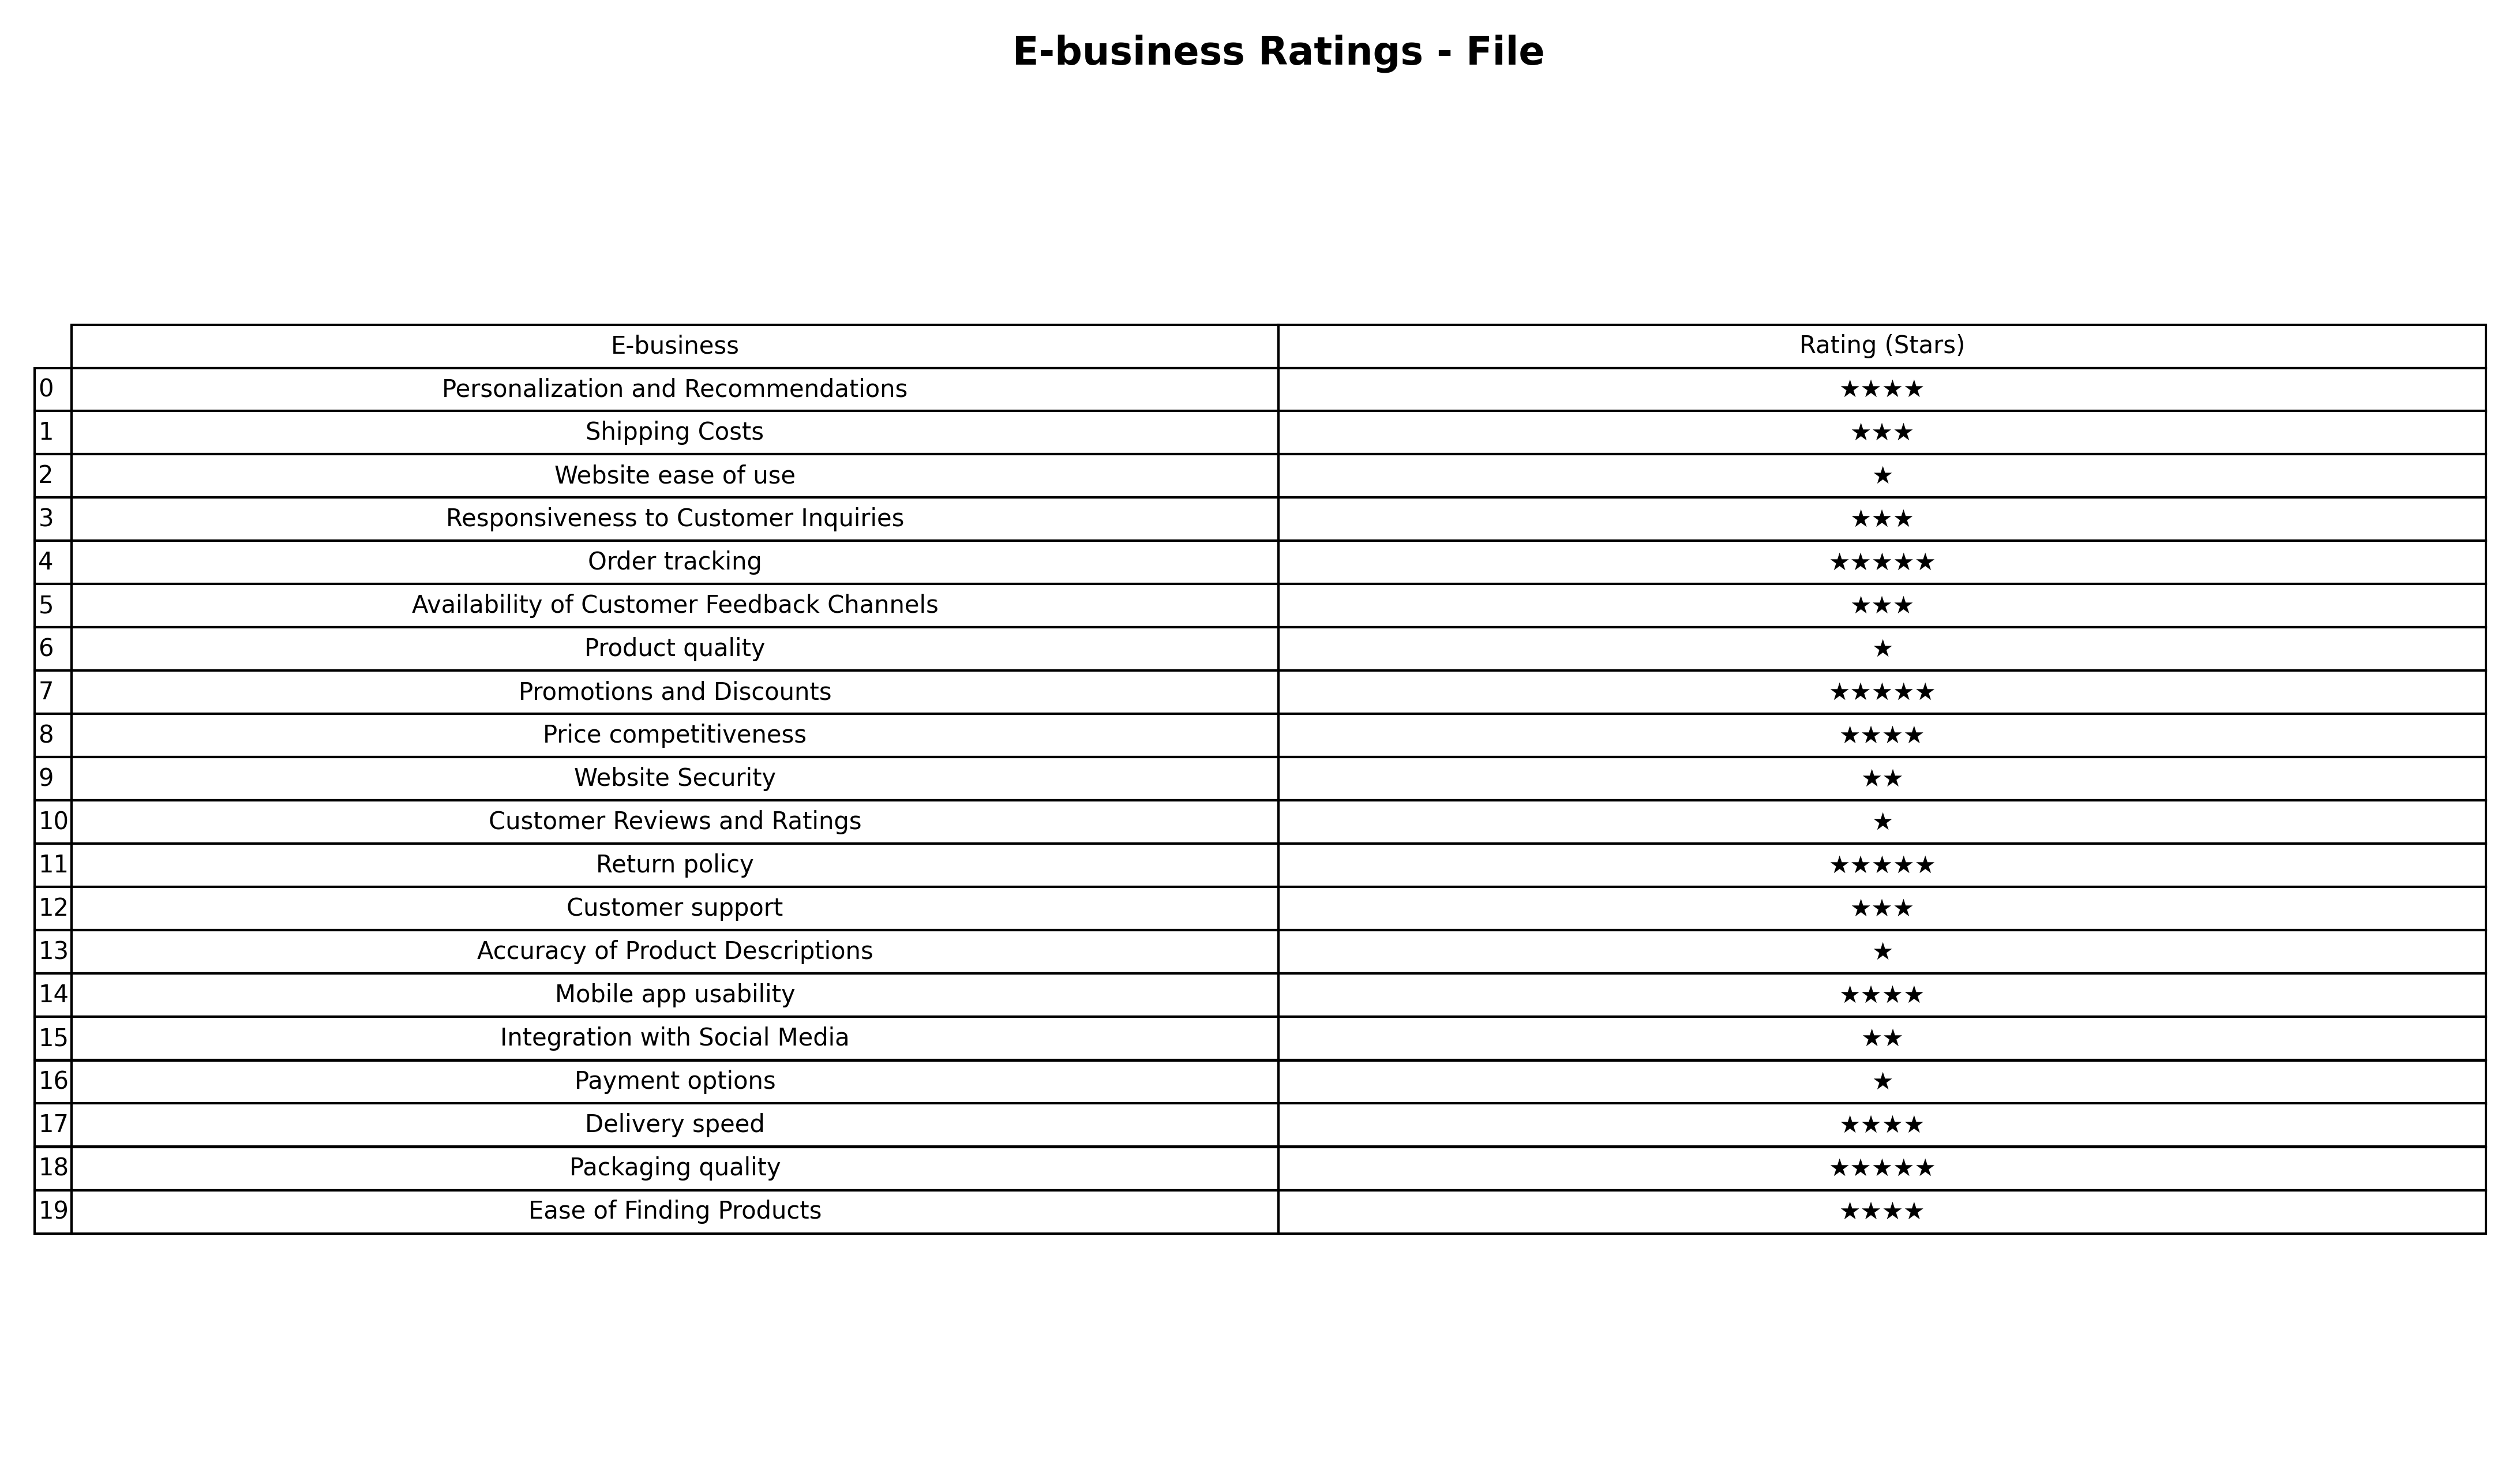
question: What are lowest rating services?
answer: Website SecurityIntegration with Social Media